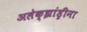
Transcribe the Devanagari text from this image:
अलेक्झांड्रीना